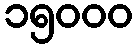
၁၅၀၀၀